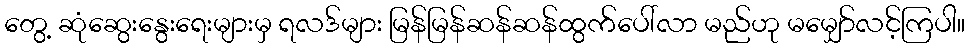
တွေ့ ဆုံဆွေးနွေးရေးများမှ ရလဒ်များ မြန်မြန်ဆန်ဆန်ထွက်ပေါ်လာ မည်ဟု မမျှော်လင့်ကြပါ။